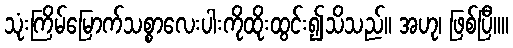
သုံးကြိမ်မြောက်သစ္စာလေးပါးကိုထိုးထွင်း၍သိသည်။ အဟု၊ ဖြစ်ပြီ။။